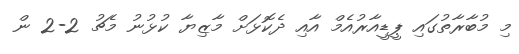
މި މުބާރާތުގައި ޕީޑީއާރުއެމް އާއި ދެކޮޅަށް މާޒިޔާ ކުޅުނު މެޗު 2-2 ން